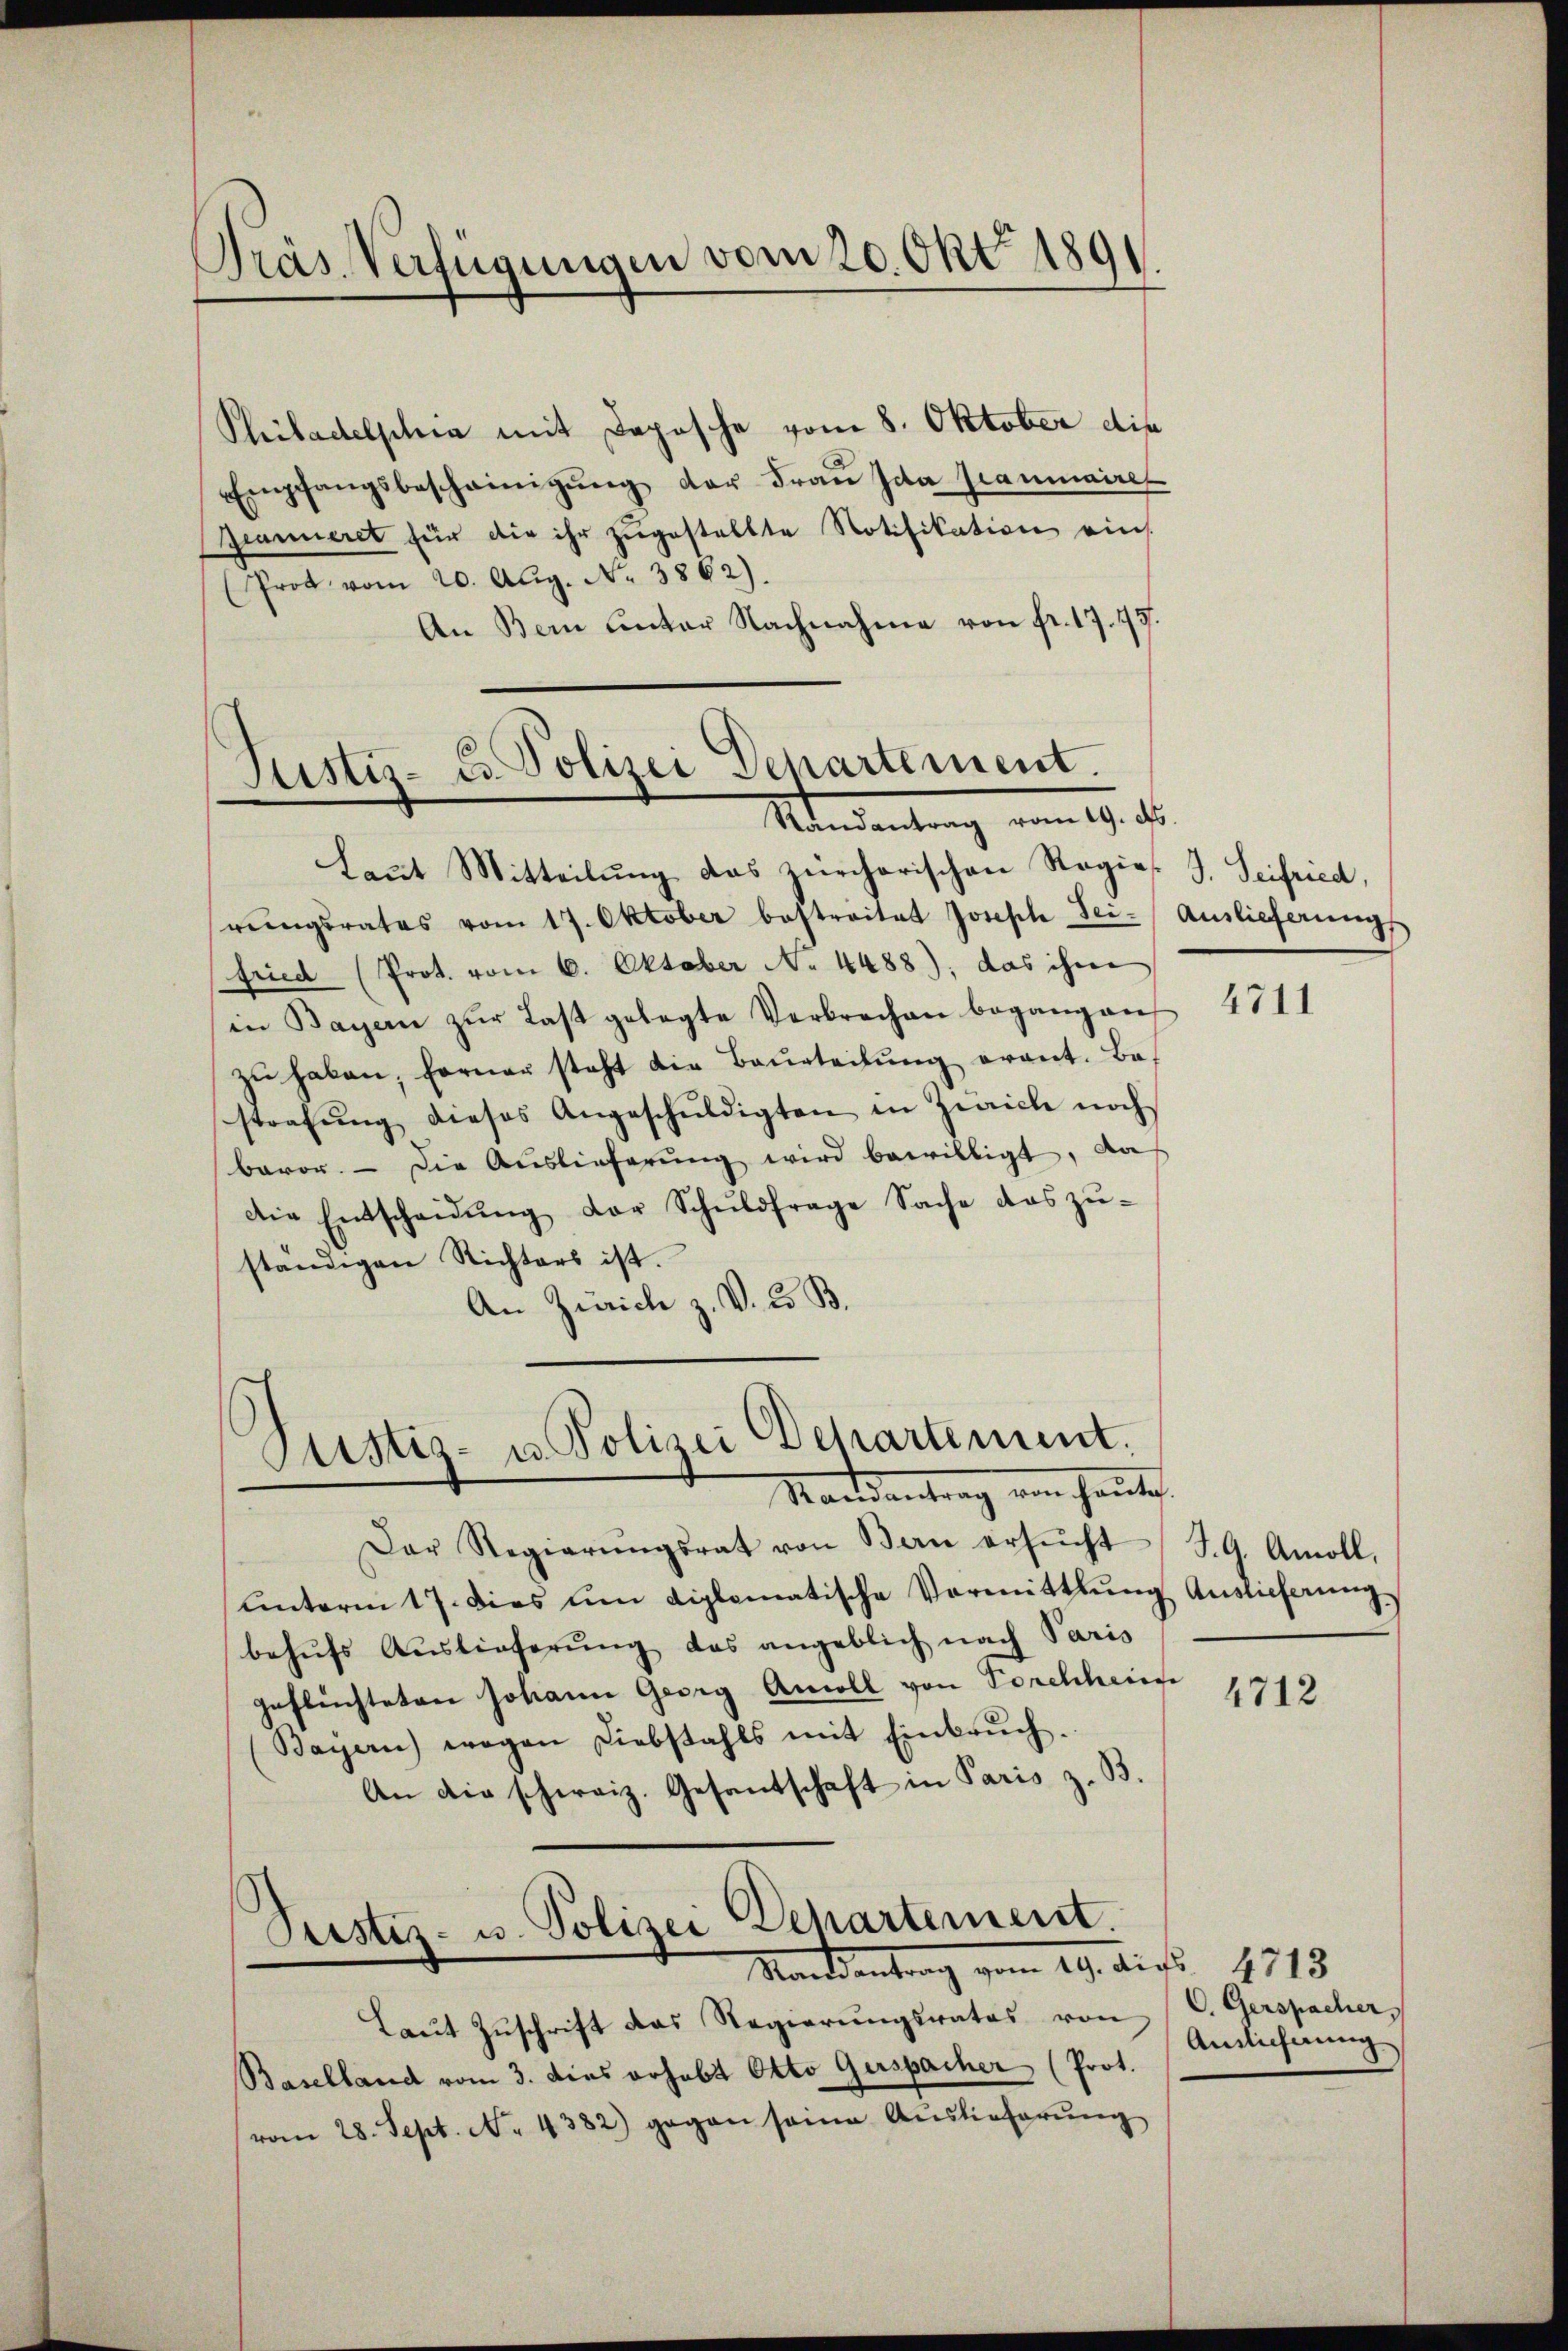
Pras Verfügungen vom 20. Okt 1891

Philadelscha mit Daposche vom 8. Oktober die
Empfangsbescheinigŭng der Fraŭ Ida grammaire
Zeanneret für die ihr zugestellte Notifikation eins.
Prot vom 20. Aug. N. 3862).
An Bern unter Nachnahme von fr. 17. 47

Justiz- u. Polizei Departement.
Mandantung vom 19. d.

Laut Mitteilŭng das zürcherischen Regies. J. Seifried,
rŭngsrates vom 17. Oktober bestreitet Joseph Sei- Auslieferungs
fried (Prot. vom 6. Oktober N. 4488): das ihne
in Bayern zŭr Last gelegte Verbrechen begangen
zŭ haben, ferner steht die Baŭrteilŭng erant. Bas
strafŭng dieses Angeschŭldigten in Zürich noch
baror. Die Auslieferŭng wird bewilligt, da
Die Entscheidŭng der Schŭldfrage Sache das zŭ-
ständigen Richters ist.
An Zürich z. V. Co. B.

Pustiz- u. Polizei Departement.
Mandantrag von heute

Der Regierŭngsrat von Bau ersŭcht
unterm 17. Dies um diplomatische Vormittlung Auslieferung,
behŭfs Auslieferŭng das angeblich nach Paris
geflüchteten Johann Georg Ancoll von Forchscheine
Bayern) wegen Diebstahls mit Einbruch.
An die schweiz. Gesantschaft in Paris z. B.

Pustiz- u. Polizei Departement.
Mandantrag vom 29. Diss. 1918

Laŭt Zŭschrift das Regierŭngsrates von
Baselland vom 3. dies vohabt Otto Gerspacher (Prot.
vom 28. Sept. N. 4382) gegen seine Aŭslieferŭng

4711

S.G. Arcoll,

4712

C. Gerspacher,
Andlicherung